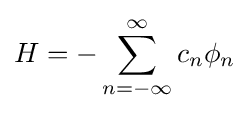
H=-\sum _{n=-\infty }^{\infty }c_{n}\phi _{n}